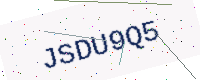
Text: JSDU9Q5